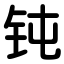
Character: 钝